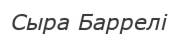
Cыра Баррелі